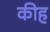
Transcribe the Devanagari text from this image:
कीह